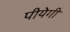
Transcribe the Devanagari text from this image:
पीयेगी